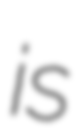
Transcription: is